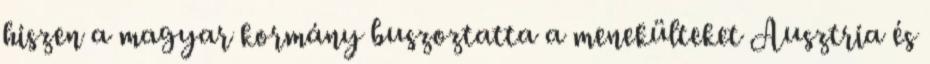
hiszen a magyar kormány buszoztatta a menekülteket Ausztria és